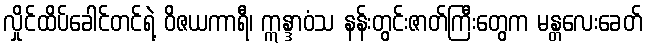
လှိုင်ထိပ်ခေါင်တင်ရဲ့ ဝိဇယကာရီ၊ ဣန္ဒာဝံသ နန်းတွင်းဇာတ်ကြီးတွေက မန္တလေးခေတ်